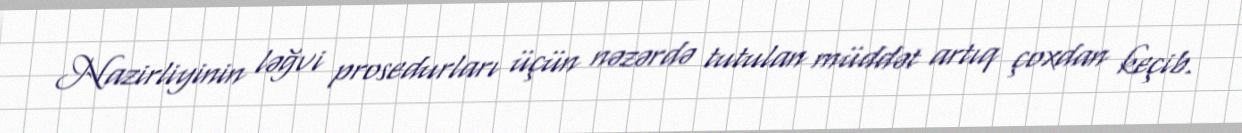
Nazirliyinin ləğvi prosedurları üçün nəzərdə tutulan müddət artıq çoxdan keçib.